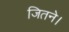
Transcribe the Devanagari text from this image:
जितने।